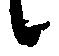
候